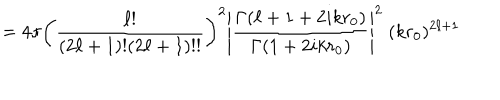
LaTeX: = 4 \pi \left( { \frac { \ell ! } { ( 2 \ell + 1 ) ! ( 2 \ell + 1 ) ! ! } } \right) ^ { 2 } \left| { \frac { \Gamma ( \ell + 1 + 2 i k r _ { 0 } ) } { \Gamma ( 1 + 2 i k r _ { 0 } ) } } \right| ^ { 2 } \; ( k r _ { 0 } ) ^ { 2 \ell + 1 }